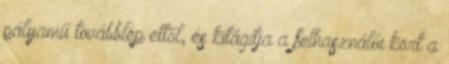
pályamű továbblép ettől, és kitágítja a felhasználói kört a